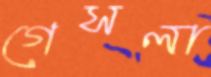
গেসলা